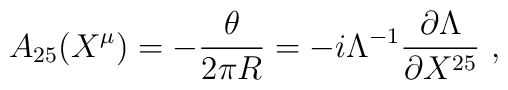
A_{25}(X^\mu)=-{\theta\over2\pi R}=-i\Lambda^{-1}{\partial\Lambda\over\partial X^{25}}\ ,\nonumber